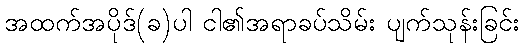
အထက်အပိုဒ်(ခ)ပါ ငါ၏အရာခပ်သိမ်း ပျက်သုန်းခြင်း